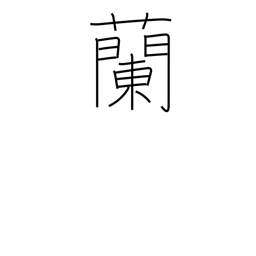
Meaning: orchid